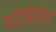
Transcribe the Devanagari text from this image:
परिसिमित